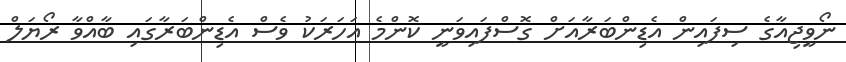
ނޯވީޖިއާގެ ސިފައިން އެޑިންބަރާއަށް ގޮސްފައިވަނީ ކޮންމެ އަހަރަކު ވެސް އެޑިންބަރާގައި ބާއްވާ ރޯޔަލް